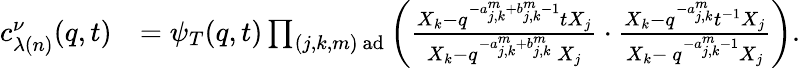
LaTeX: \begin{array}{rl}{c_{\lambda(n)}^{\nu}(q,t)}&{=\psi_{T}(q,t)\prod_{(j,k,m)\mathrm{~ad}}\left(\frac{X_{k}-q^{-a_{j,k}^{m}+b_{j,k}^{m}-1}tX_{j}}{X_{k}-q^{-a_{j,k}^{m}+b_{j,k}^{m}}\ X_{j}}\cdot\frac{X_{k}-q^{-a_{j,k}^{m}}t^{-1}X_{j}}{X_{k}-\ q^{-a_{j,k}^{m}-1}X_{j}}\right).}\end{array}